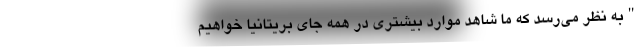
"به نظر می‌رسد که ما شاهد موارد بیشتری در همه جای بریتانیا خواهیم